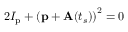
2 I _ { \mathrm { p } } + \left( \mathbf { p } + \mathbf { A } ( t _ { s } ) \right) ^ { 2 } = 0